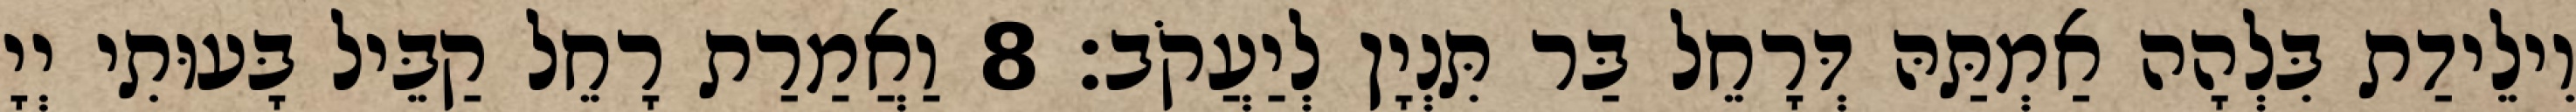
וִילֵידַת בִּלְהָה אַמְתַּהּ דְּרָחֵל בַּר תִּנְיָן לְיַעֲקֹב׃ 8 וַאֲמַרַת רָחֵל קַבֵּיל בָּעוּתִי יְיָ